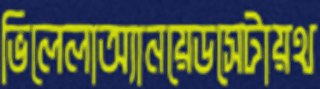
ভিলেলাঅ্যানয়েডসেটায়থ